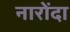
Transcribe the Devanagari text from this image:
नारोंदा